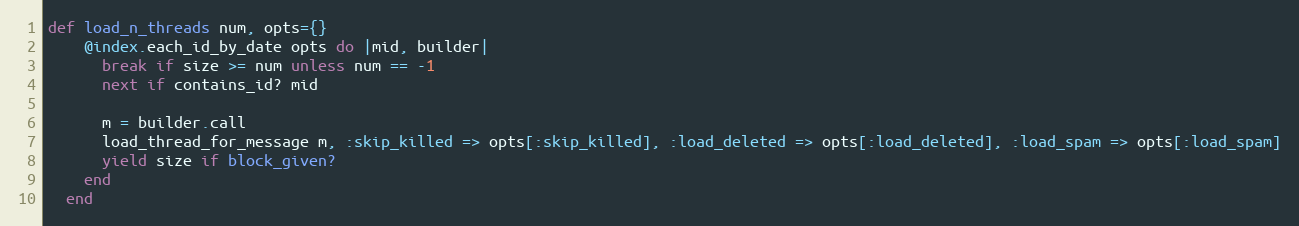
Language: Ruby
def load_n_threads num, opts={}
    @index.each_id_by_date opts do |mid, builder|
      break if size >= num unless num == -1
      next if contains_id? mid

      m = builder.call
      load_thread_for_message m, :skip_killed => opts[:skip_killed], :load_deleted => opts[:load_deleted], :load_spam => opts[:load_spam]
      yield size if block_given?
    end
  end